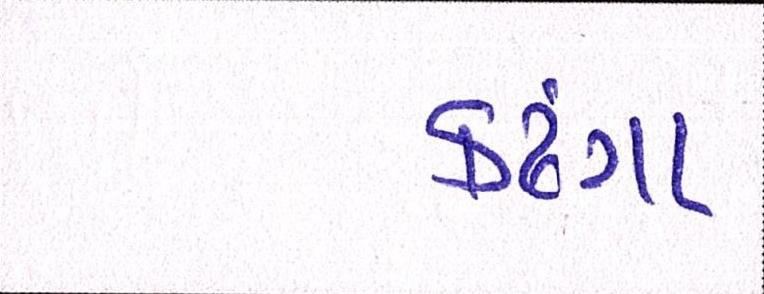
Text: કઢંગા